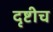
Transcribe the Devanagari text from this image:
दृष्टीच